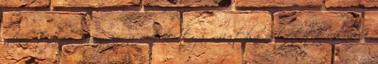
akar tülem megvárni A kutya, mintha értette volna a